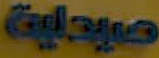
صيدلية